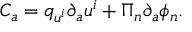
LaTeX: C _ { a } = q _ { u ^ { i } } \partial _ { a } u ^ { i } + \Pi _ { n } \partial _ { a } \phi _ { n } .